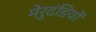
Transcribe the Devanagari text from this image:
मेरुदंडियों